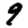
Digit: 9